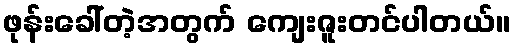
ဖုန်းခေါ်တဲ့အတွက် ကျေးဇူးတင်ပါတယ်။